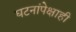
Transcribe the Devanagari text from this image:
घटनांपेक्षाही